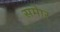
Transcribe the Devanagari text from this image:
समेार